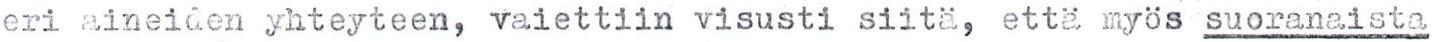
eri aineiden yhteyteen, vaiettiin visusti siitä, että myös suoranaista